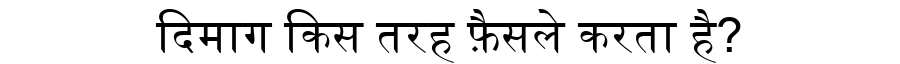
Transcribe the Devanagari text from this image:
दिमाग किस तरह फ़ैसले करता है?